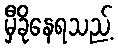
မှီခိုနေရသည့်